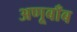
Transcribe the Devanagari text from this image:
अणूबाँब